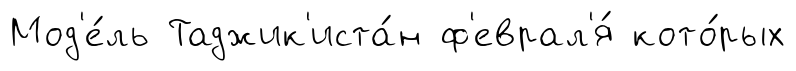
Мод'е́ль Таджик'иста́н ф'еврал'я́ кото́рых